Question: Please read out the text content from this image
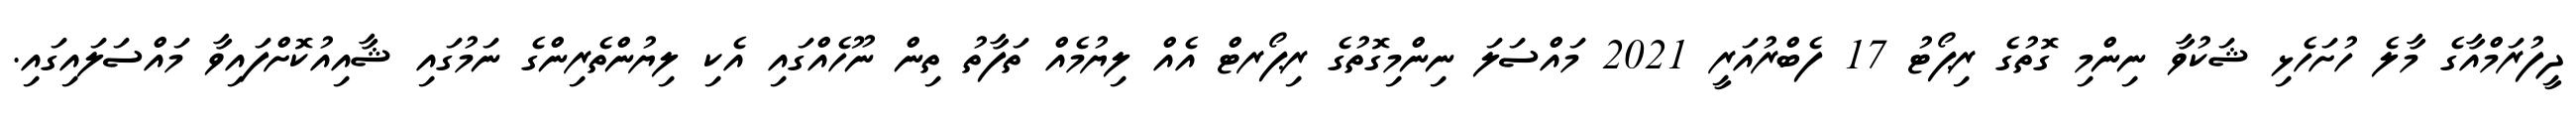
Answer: ދީފުރަމްއާގެ މާލެ ހުށަހެޅި ޝަކުވާ ނިންމި ގޮތުގެ ރިޕޯޓު 17 ފެބްރުއަރީ 2021 މައްސަލަ ނިންމިގޮތުގެ ރިޕޯރޓް އެއް ލިޔުމެއް ތަފާތު ތިން ނޫހެއްގައި އެކި ލިޔުންތެރިންގެ ނަމުގައި ޝާއިއުކޮށްފައިވާ މައްސަލައިގައި.